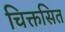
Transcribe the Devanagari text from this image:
चिक्तसित